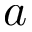
a